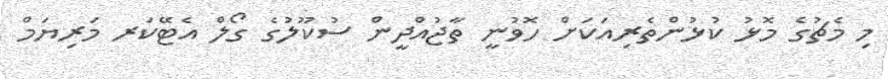
މި މެޗުގެ މޮޅު ކުޅުންތެރިއަކަށް ހޮވުނީ ތާޖުއްދީން ސުކޫލުގެ ގޯލް އެޓޭކަރ މަރިޔަމް